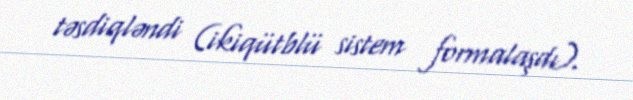
təsdiqləndi (ikiqütblü sistem formalaşdı).